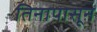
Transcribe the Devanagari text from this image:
तिनापासून